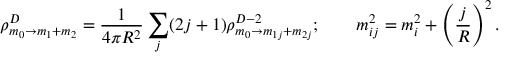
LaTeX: \rho _ { m _ { 0 } \rightarrow m _ { 1 } + m _ { 2 } } ^ { D } = \frac { 1 } { 4 \pi R ^ { 2 } } \sum _ { j } ( 2 j + 1 ) \rho _ { m _ { 0 } \rightarrow m _ { 1 j } + m _ { 2 j } } ^ { D - 2 } ; \qquad m _ { i j } ^ { 2 } = m _ { i } ^ { 2 } + \left( \frac { j } { R } \right) ^ { 2 } .